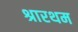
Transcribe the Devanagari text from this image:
श्रारथम